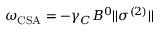
\omega _ { \mathrm { C S A } } = - \gamma _ { C } B ^ { 0 } | | \boldsymbol { \sigma } ^ { ( 2 ) } | |